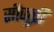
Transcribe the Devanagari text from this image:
सीजुच्री